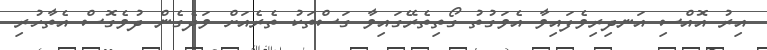
އިރު އޮއްސި އަނދިރިވެފައިވާ އެވަގުތު ގޯތިތެރޭގައިވާ ގަސްތަކު ތެރެއަށް ވަދެގެން ދުވެގޮސް އެތާހުރި